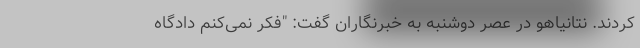
کردند. نتانیاهو در عصر دوشنبه به خبرنگاران گفت: "فکر نمی‌کنم دادگاه